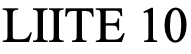
LIITE 10